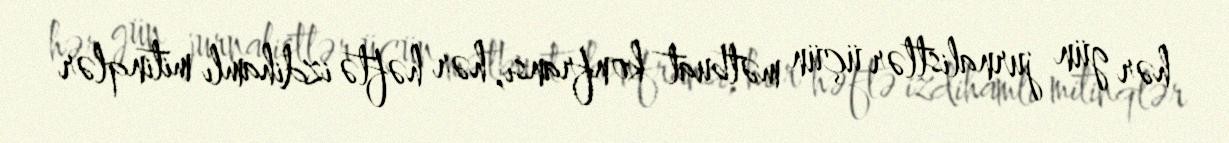
hər gün jurnalistlər üçün mətbuat konfransı, hər həftə izdihamlı mitinqlər